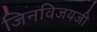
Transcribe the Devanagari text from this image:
जिनविजयजी